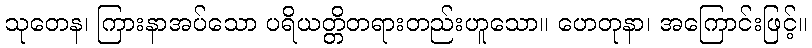
သုတေန၊ ကြားနာအပ်သော ပရိယတ္တိတရားတည်းဟူသော။ ဟေတုနာ၊ အကြောင်းဖြင့်။